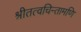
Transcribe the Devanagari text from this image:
श्रीतत्वचिन्तामणि